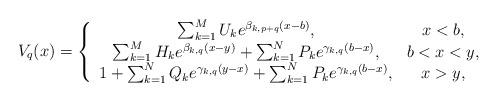
LaTeX: \begin{align*}&V_q(x)=\left\{\begin{array}{cc}\sum_{k=1}^{M}U_{k}e^{\beta_{k,p+q}(x-b)},& x < b, \\\sum_{k=1}^{M}H_{k}e^{\beta_{k,q}(x-y)}+\sum_{k=1}^{N}P_{k}e^{\gamma_{k,q}(b-x)}, & b < x < y,\\1+\sum_{k=1}^{N}Q_{k}e^{\gamma_{k,q}(y-x)}+\sum_{k=1}^{N}P_{k}e^{\gamma_{k,q}(b-x)}, & x > y,\end{array}\right.\end{align*}